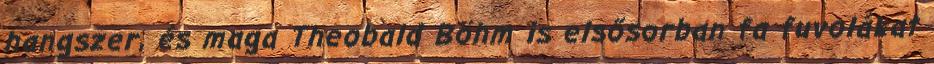
hangszer, és maga Theobald Böhm is elsősorban fa fuvolákat